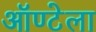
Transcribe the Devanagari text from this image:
ऑण्टेला